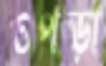
ওপড়া